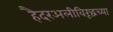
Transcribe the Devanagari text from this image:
हैदरअलीविरूद्धच्या